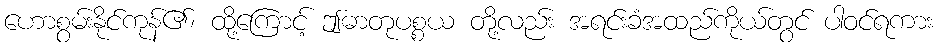
ဟောစွမ်းနိုင်ကုန်၏၊ ထို့ကြောင့် ဤဓာတုပစ္စယ တို့လည်း အရင်းခံအထည်ကိုယ်တွင် ပါဝင်ရကား